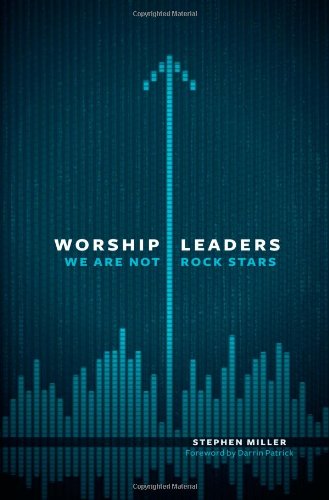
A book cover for Worship Leaders, We Are Not Rock Stars; Stephen Miller; Christian Books & Bibles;